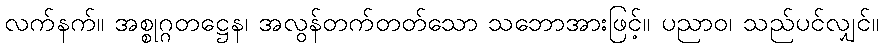
လက်နက်။ အစ္စုဂ္ဂတဋ္ဌေန၊ အလွန်တက်တတ်သော သဘောအားဖြင့်။ ပညာဝ၊ သည်ပင်လျှင်။